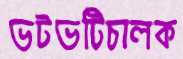
ভটভটিচালক